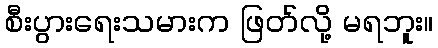
စီးပွားရေးသမားက ဖြတ်လို့ မရဘူး။